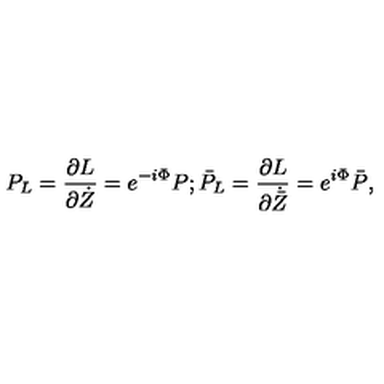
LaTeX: P _ { L } = \frac { \partial L } { \partial \dot { Z } } = e ^ { - i \Phi } P ; \bar { P } _ { L } = \frac { \partial L } { \partial \dot { \bar { Z } } } = e ^ { i \Phi } \bar { P } ,